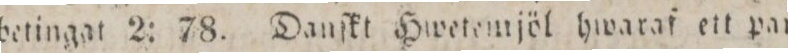
betingat 2: 78. Danſkt Hwetemjöl hwaraf ett par